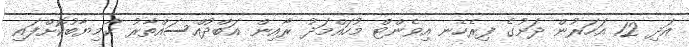
އަދި 12 އަހަރުން ދަށުގެ ފިރެހެނ އިވެންޓް މުހައްމަދު ރާއިން އަބްދުއްސައްތާރު ކާމިޔާބުކޮށްފައި